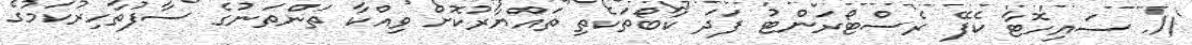
11. ސައިހޮޓާ ކެފޭ ރެސްޓޯރަންޓު ފަދަ ކާބޯތަކެތި ތައްޔާރުކޮށް ވިއްކާ ތަންތަނުގެ ސާފުތާހިރުކަމުގެ